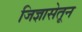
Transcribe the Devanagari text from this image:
जिज्ञासेतून